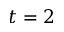
t = 2